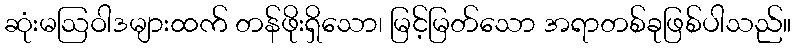
ဆုံးမဩဝါဒများထက် တန်ဖိုးရှိသော၊ မြင့်မြတ်သော အရာတစ်ခုဖြစ်ပါသည်။